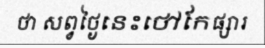
ថា សព្វថ្ងៃនេះថៅកែផ្សារ